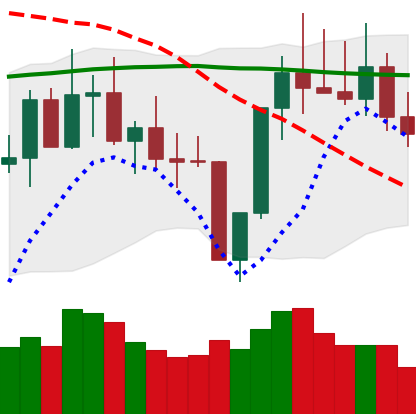
Ticker: TRX-USD
Chart end date: 2022-08-03
Forward return: 3.369%
Label: up_3_5